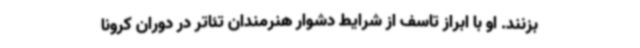
بزنند. او با ابراز تاسف از شرایط دشوار هنرمندان تئاتر در دوران کرونا